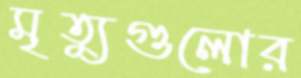
মৃত্যুগুলোর